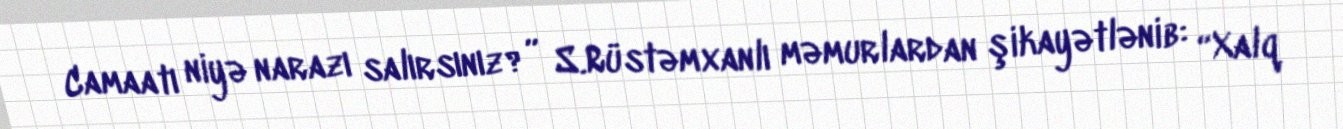
Camaatı niyə narazı salırsınız?” S.Rüstəmxanlı məmurlardan şikayətlənib: “Xalq